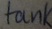
Text: tank